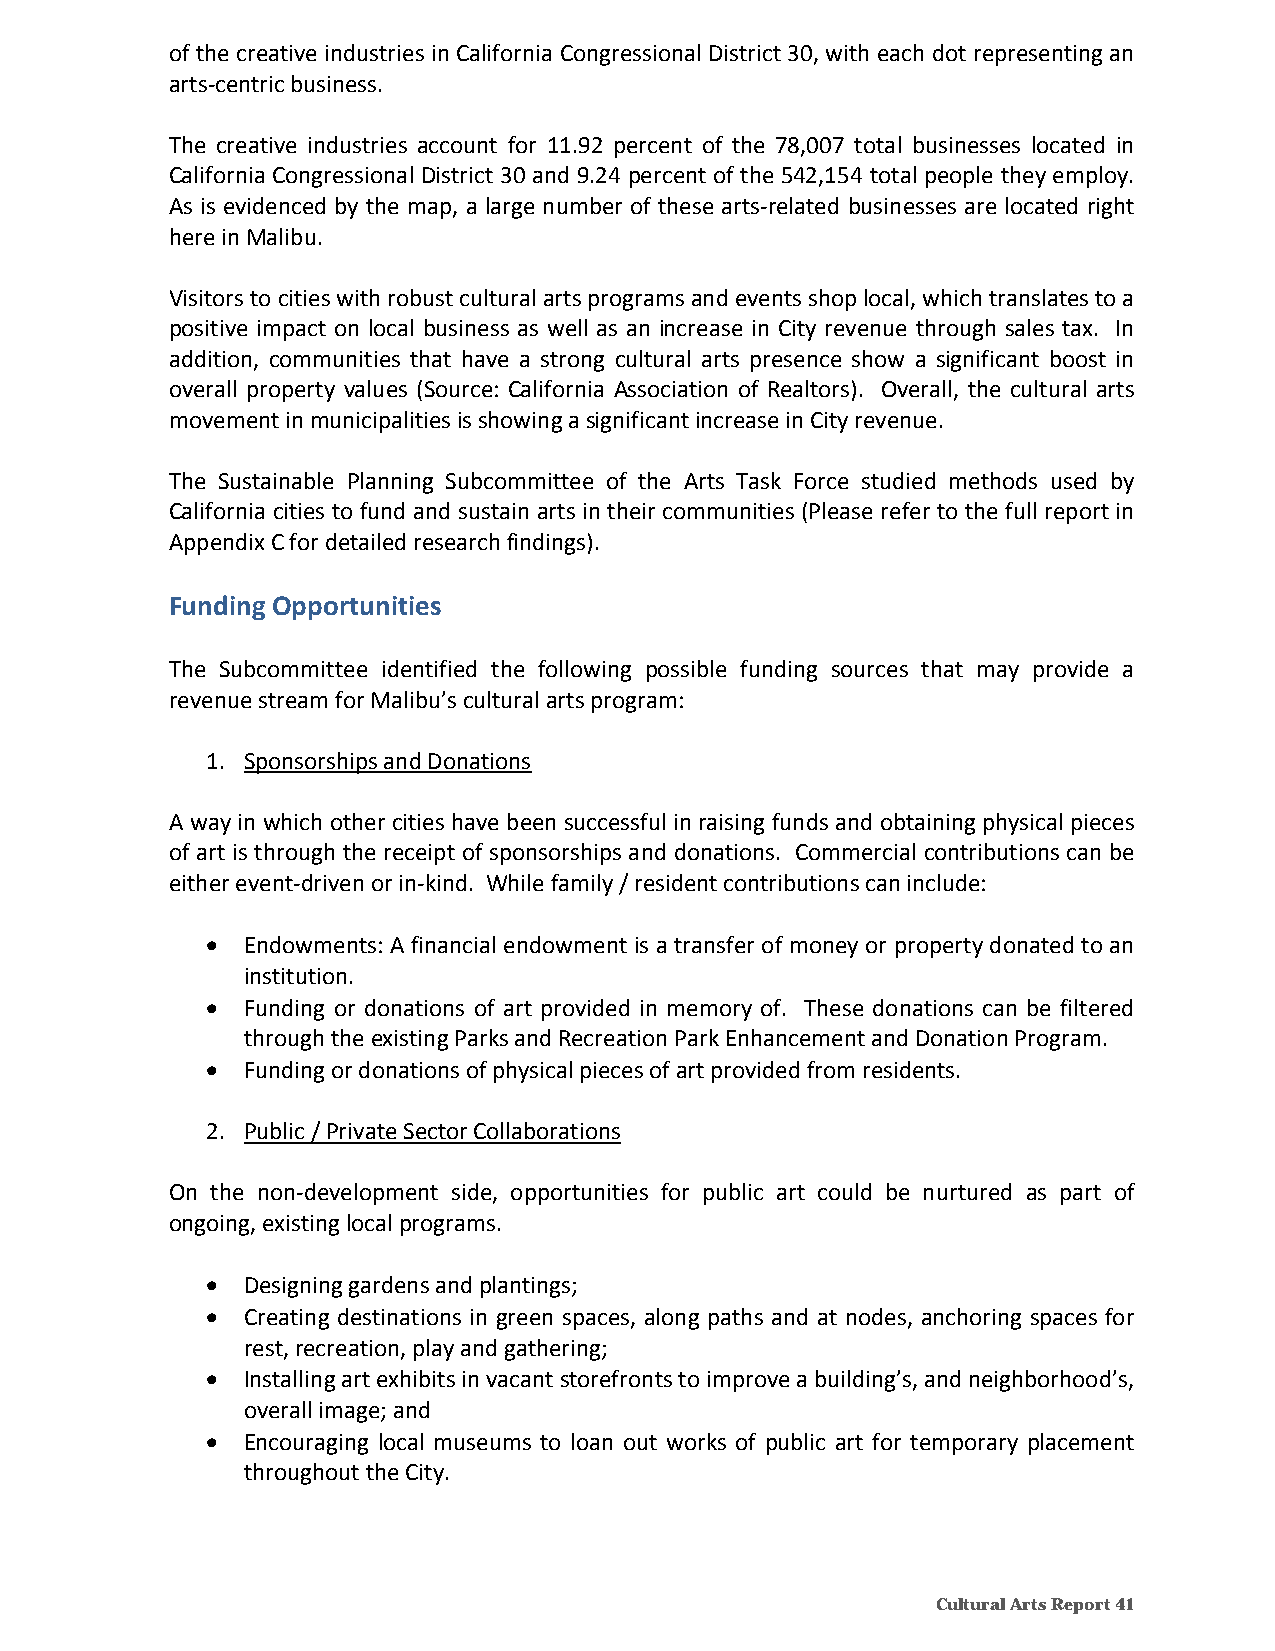
of the creative industries in California Congressional District 30, with each dot representing an
 arts‐centric business.
 The creative industries account for 11.92 percent of the 78,007 total businesses located in
 California Congressional District 30 and 9.24 percent of the 542,154 total people they employ.
 As is evidenced by the map, a large number of these arts‐related businesses are located right
 here in Malibu.
 Visitors to cities with robust cultural arts programs and events shop local, which translates to a
 positive impact on local business as well as an increase in City revenue through sales tax. In
 addition, communities that have a strong cultural arts presence show a significant boost in
 overall property values (Source: California Association of Realtors). Overall, the cultural arts
 movement in municipalities is showing a significant increase in City revenue.
 The Sustainable Planning Subcommittee of the Arts Task Force studied methods used by
 California cities to fund and sustain arts in their communities (Please refer to the full report in
 Appendix C for detailed research findings).
 Funding Opportunities
 The Subcommittee identified the following possible funding sources that may provide a
 revenue stream for Malibu’s cultural arts program:
 1. Sponsorships and Donations
 A way in which other cities have been successful in raising funds and obtaining physical pieces
 of art is through the receipt of sponsorships and donations. Commercial contributions can be
 either event‐driven or in‐kind. While family / resident contributions can include:
  Endowments: A financial endowment is a transfer of money or property donated to an
 institution.
  Funding or donations of art provided in memory of. These donations can be filtered
 through the existing Parks and Recreation Park Enhancement and Donation Program.
  Funding or donations of physical pieces of art provided from residents.
 2. Public / Private Sector Collaborations
 On the non‐development side, opportunities for public art could be nurtured as part of
 ongoing, existing local programs.
  Designing gardens and plantings;
  Creating destinations in green spaces, along paths and at nodes, anchoring spaces for
 rest, recreation, play and gathering;
  Installing art exhibits in vacant storefronts to improve a building’s, and neighborhood’s,
 overall image; and
  Encouraging local museums to loan out works of public art for temporary placement
 throughout the City.
 Cultural Arts Report 41